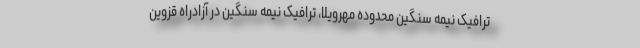
ترافیک نیمه سنگین محدوده مهرویلا، ترافیک نیمه سنگین در آزادراه قزوین